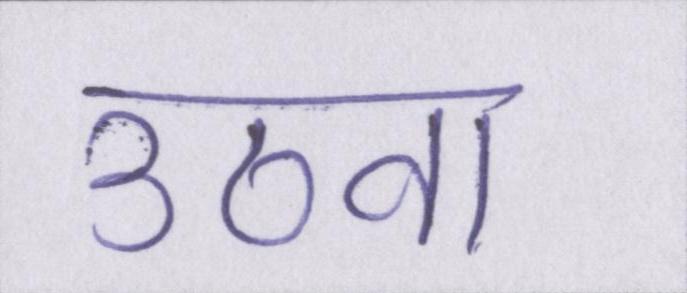
उठवा